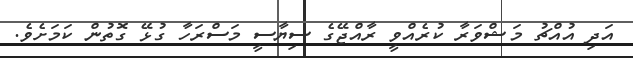
އަދި އުއްޗު މަޝްވަރާ ކުރެއްވީ ރާއްޖޭގެ ސިޔާސީ މަސްރަހާ ގުޅޭ ގޮތުން ކަމަށެވެ.